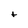
Character: t